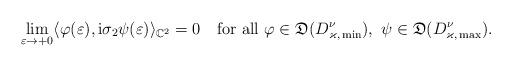
LaTeX: \begin{align*} \lim_{\varepsilon\to +0}\langle \varphi(\varepsilon), \mathrm i\sigma_2\psi(\varepsilon)\rangle_{\mathbb C^2} =0 \quad\textrm{for all }\varphi\in \mathfrak D(D^\nu_{\varkappa,\,\min}),\ \psi\in \mathfrak D(D^\nu_{\varkappa,\,\max}).\end{align*}